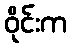
ဝိုင်းက